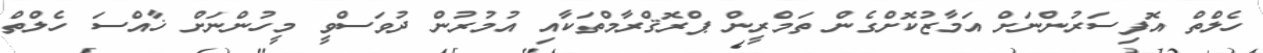
ހެލްތް އޮފިސަރުންނަށް އަމާޒުކޮށްގެން ތަމްރީން ޕްރޮޤްރާމްތަކާއި އުމުރުން ދުވަސްވީ މީހުންނަށް ޚާއްސަ ހެލްތް